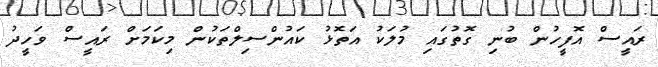
ރައީސް އޮފީހުން ބުނި ގޮތުގައި މުލަކު އަތޮޅު ކައުންސިލްތަކުން މިކަމަށް ރައީސް ވަހީދު